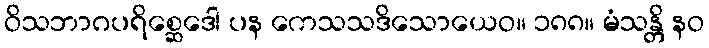
ဝိသဘာဂပရိစ္ဆေဒေါ ပန ကေသသဒိသောယေဝ။ ၁၈၈။ မံသန္တိ နဝ